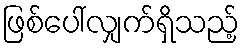
ဖြစ်ပေါ်လျှက်ရှိသည့်